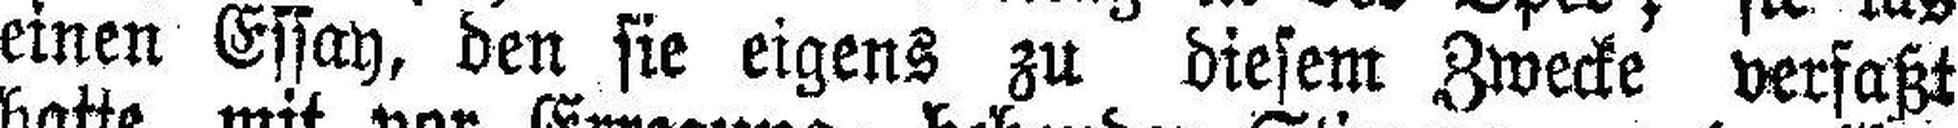
einen Essay, den sie eigens zu diesem Zwecke verfaßt